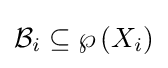
{\mathcal {B}}_{i}\subseteq \wp \left(X_{i}\right)